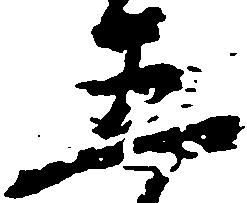
五